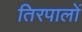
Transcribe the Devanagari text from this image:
तिरपालों